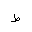
Letter: _da